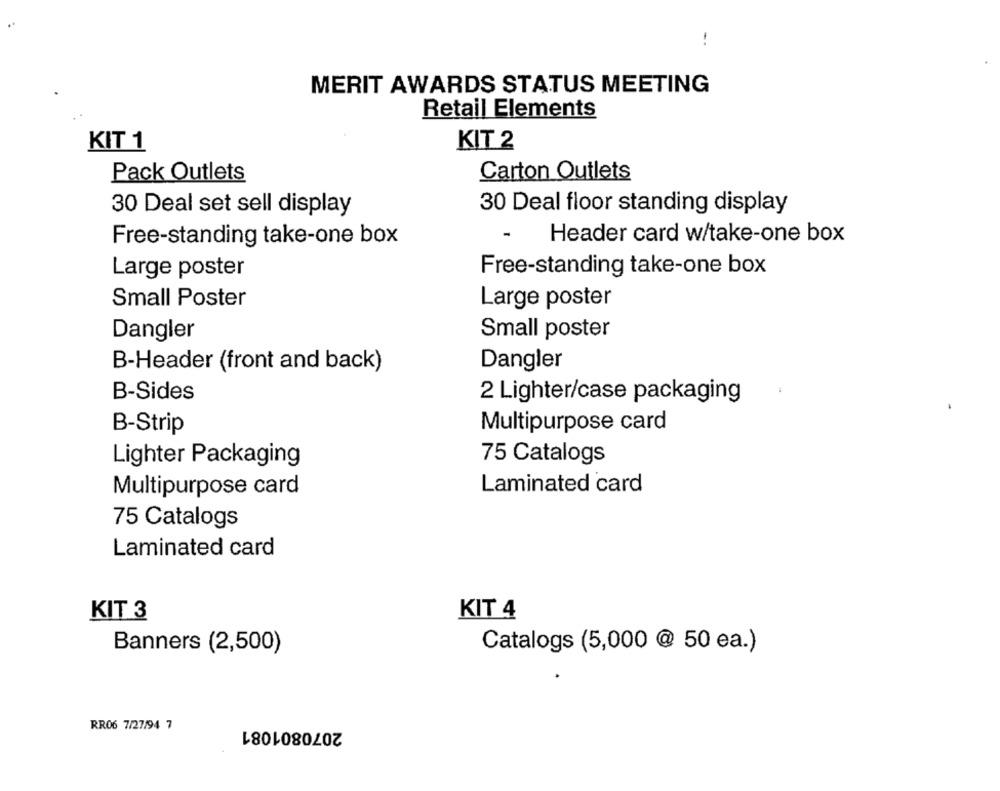
-.
MERIT AWARDS STATUS MEETING
Retail Elements
KIT 1
KIT 2
Pack Outlets
Carton Outlets
30 Deal set sell display
30 Deal floor standing display
-
Free-standing take-one box
Header card w/take-one box
Large poster
Free-standing take-one box
Small Poster
Large poster
Dangler
Small poster
B-Header (front and back)
Dangler
B-Sides
2 Lighter/case packaging
Multipurpose card
B-Strip
75 Catalogs
Lighter Packaging
Laminated card
Multipurpose card
75 Catalogs
Laminated card
KIT 3
KIT 4
Banners (2,500)
Catalogs (5,000 @ 50 ea.)
RR06 7/27/94 7
2070801081